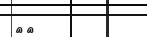
٥٥